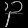
Digit: ၃